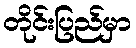
တိုင်းပြည်မှာ